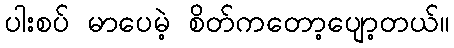
ပါးစပ် မာပေမဲ့ စိတ်ကတော့ပျော့တယ်။